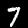
Digit: 7